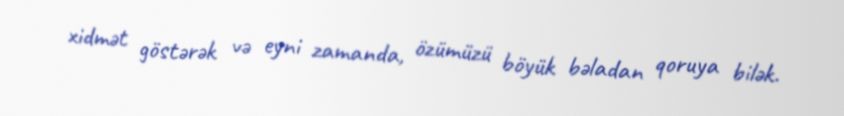
xidmət göstərək və eyni zamanda, özümüzü böyük bəladan qoruya bilək.